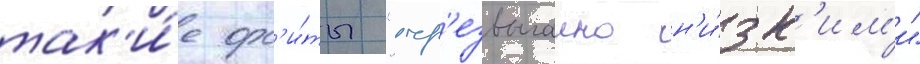
так'и́е орб'и́ты "чр'езвычаино н'и́зк'им'и"